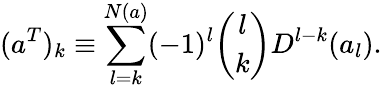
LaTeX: (a^{T})_{k}\equiv\sum_{l=k}^{N(a)}(-1)^{l}{\binom{l}{k}}D^{l-k}(a_{l}).